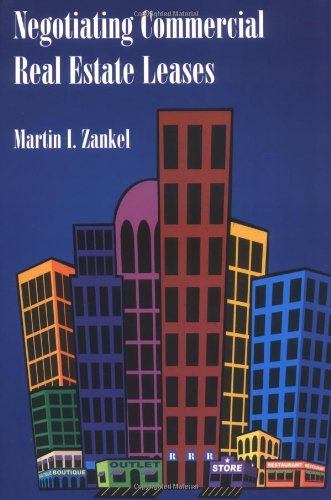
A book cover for Negotiating Commercial Real Estate Leases; Martin I. Zankel; Business & Money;